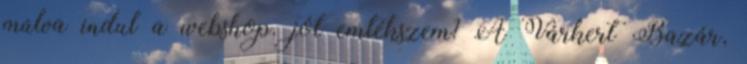
múlva indul a webshop. jól emlékszem? A Várkert Bazár,